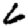
Digit: 6